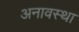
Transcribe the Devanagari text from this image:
अनावस्था